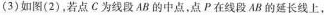
(3)如图(2)，若点C为线段AB的中点，点P在线段AB的延长线上，